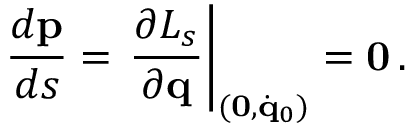
\frac { d { \bf p } } { d s } = \left. \frac { \partial { \cal L } _ { s } } { \partial { \bf q } } \right| _ { ( { \bf 0 } , \dot { \bf q } _ { 0 } ) } = { \bf 0 } \, .